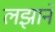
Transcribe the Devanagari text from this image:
लझाने